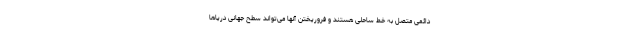
دائمی متصل به خط ساحلی هستند و فروریختن آنها می‌تواند سطح جهانی دریاها